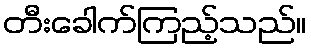
တီးခေါက်ကြည့်သည်။